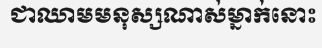
ជាឈាមមនុស្សណាស់ម្នាក់នោះ